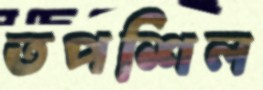
তপশিল